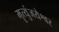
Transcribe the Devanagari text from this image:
मॄत्युंजयेश्वर